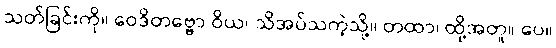
သတ်ခြင်းကို။ ဝေဒိတဗ္ဗော ဝိယ၊ သိအပ်သကဲ့သို့။ တထာ၊ ထို့အတူ။ ပေ။